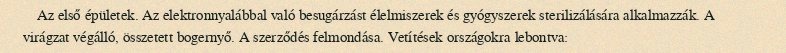
Az első épületek. Az elektronnyalábbal való besugárzást élelmiszerek és gyógyszerek sterilizálására alkalmazzák. A virágzat végálló, összetett bogernyő. A szerződés felmondása. Vetítések országokra lebontva: